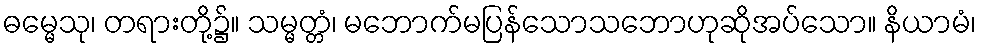
ဓမ္မေသု၊ တရားတို့၌။ သမ္မတ္တံ၊ မဘောက်မပြန်သောသဘောဟုဆိုအပ်သော။ နိယာမံ၊